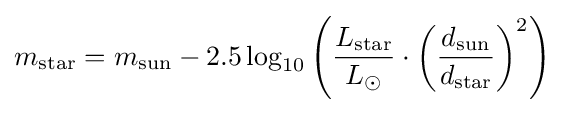
m_{\rm {star}}=m_{\rm {sun}}-2.5\log _{10}\left({L_{\rm {star}} \over L_{\odot }}\cdot \left({\frac {d_{\rm {sun}}}{d_{\rm {star}}}}\right)^{2}\right)